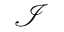
\mathcal { I }